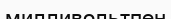
милливольтпен